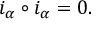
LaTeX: i _ { \alpha } \circ i _ { \alpha } = 0 .